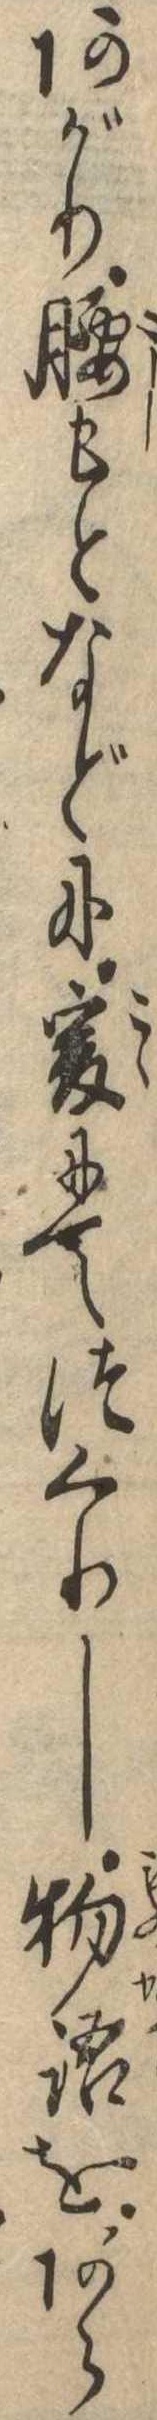
あがり腰もとなどに爰にてつくりし物語をあら